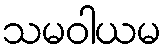
သမဝါယမ